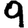
Digit: 9